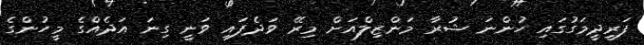
ފަރީދީމަގުގައި ހުންނަ ޝުރާ މަންޒިލްއަށް މިރޭ ވަދެފައި ވަނީ ގިނަ އަދެއްގެ މީހުންގެ